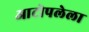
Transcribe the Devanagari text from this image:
आटोपलेला